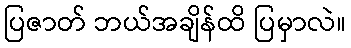
ပြဇာတ် ဘယ်အချိန်ထိ ပြမှာလဲ။